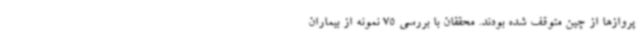
پروازها از چین متوقف شده بودند. محققان با بررسی 75 نمونه از بیماران